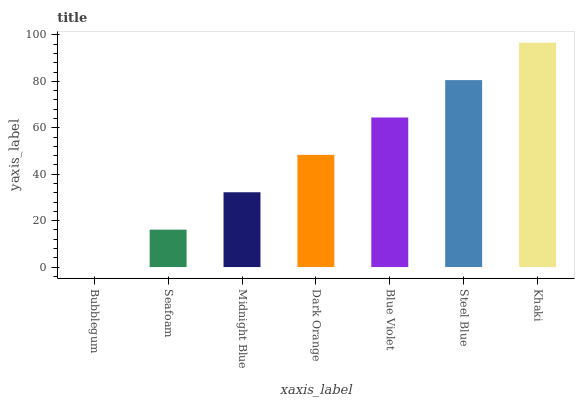
| xaxis_label | bars |
 | --- | --- |
 | Bubblegum | 0 |
 | Seafoam | 16.1 |
 | Midnight Blue | 32.2 |
 | Dark Orange | 48.3 |
 | Blue Violet | 64.4 |
 | Steel Blue | 80.5 |
 | Khaki | 96.6 |